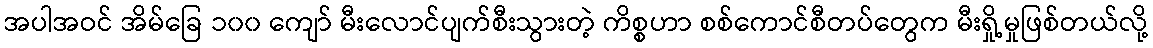
အပါအဝင် အိမ်ခြေ ၁၀၀ ကျော် မီးလောင်ပျက်စီးသွားတဲ့ ကိစ္စဟာ စစ်ကောင်စီတပ်တွေက မီးရှို့မှုဖြစ်တယ်လို့